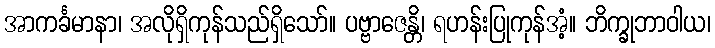
အာကင်္ခမာနာ၊ အလိုရှိကုန်သည်ရှိသော်။ ပဗ္ဗာဇေန္တိ၊ ရဟန်းပြုကုန်အံ့။ ဘိက္ခုဘာဝါယ၊